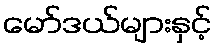
မော်ဒယ်များနှင့်